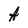
Character: A